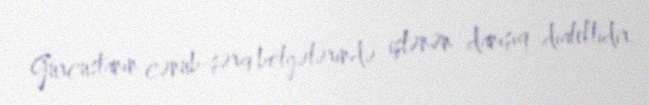
Gürcüstanın cənub-şərq bölgələrində işlənən danışıq dialektidir.